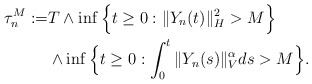
\begin{align*}\tau_{n}^M := & T \wedge \inf\Big\{t\geq 0: \Vert Y_n(t)\Vert_H^2 > M \Big\} \\ & \wedge \inf\Big\{t\geq 0: \int_0^t\Vert Y_n(s)\Vert_{V}^{\alpha}ds >M\Big\}.\end{align*}